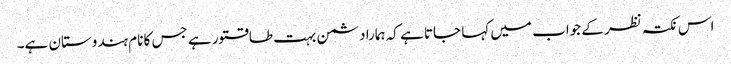
اس نکتہ نظر کے جواب میں کہا جاتا ہے کہ ہمارا دشمن بہت طاقتور ہے جس کا نام ہندوستان ہے۔